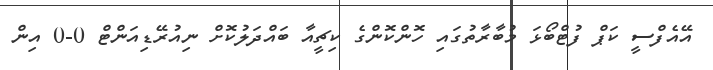
އޭއެފްސީ ކަޕް ފުޓްބޯޅަ މުބާރާތުގައި ހޮންކޮންގެ ކިޗީއާ ބައްދަލުކޮށް ނިއުރޭޑިއަންޓް 0-0 އިން